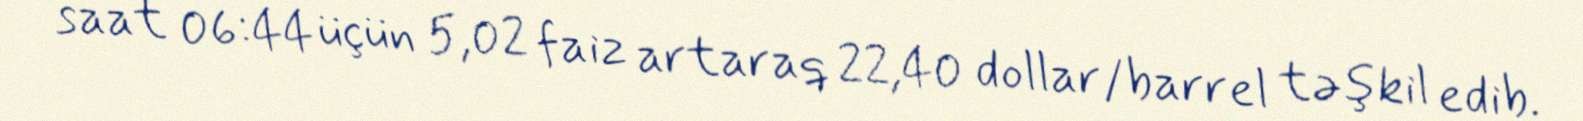
saat 06:44 üçün 5,02 faiz artaraq 22,40 dollar/barrel təşkil edib.